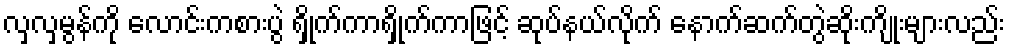
လှလှမွန်ကို လောင်းကစားပွဲ ရှိုက်ကာရှိုက်ကာဖြင့် ဆုပ်နယ်လိုက် နောက်ဆက်တွဲဆိုးကျိုးများလည်း